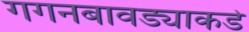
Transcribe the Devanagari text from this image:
गगनबावड्याकडे